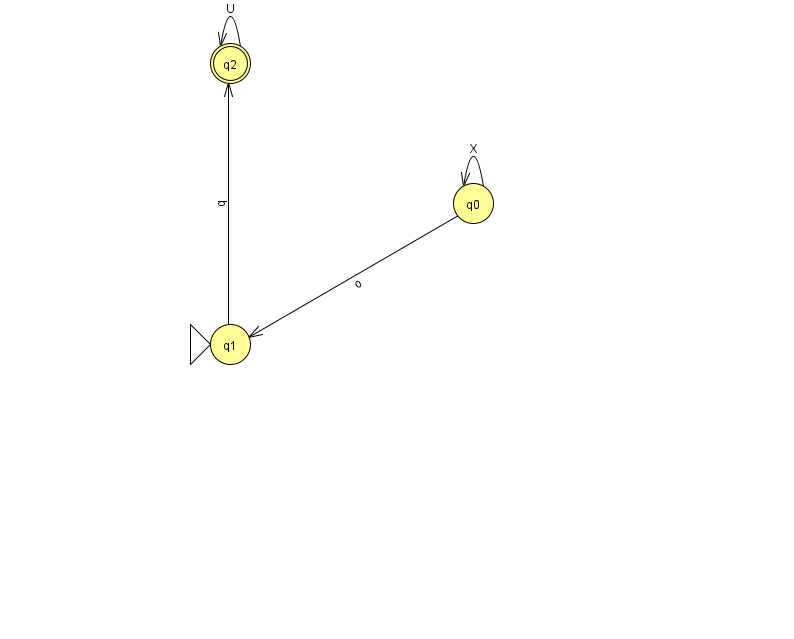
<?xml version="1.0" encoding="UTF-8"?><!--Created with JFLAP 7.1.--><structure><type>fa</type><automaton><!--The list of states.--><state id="0" name="q0"><x>473.0</x><y>190.0</y></state><state id="1" name="q1"><x>230.0</x><y>331.0</y><initial/></state><state id="2" name="q2"><x>230.0</x><y>50.0</y><final/></state><!--The list of transitions.--><transition><from>0</from><to>1</to><read>o</read></transition><transition><from>2</from><to>2</to><read>U</read></transition><transition><from>0</from><to>0</to><read>X</read></transition><transition><from>1</from><to>2</to><read>q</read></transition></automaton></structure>